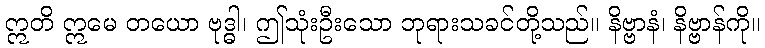
ဣတိ ဣမေ တယော ဗုဒ္ဓါ၊ ဤသုံးဦးသော ဘုရားသခင်တို့သည်။ နိဗ္ဗာနံ၊ နိဗ္ဗာန်ကို။